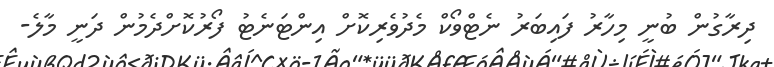
ދިރާގުން ބުނީ މިހާރު ފައިބަރު ނެޓްވޯކް މެދުވެރިކޮށް އިންޓަނެޓު ފޯރުކޮށްދެމުން ދަނީ މާލެ-